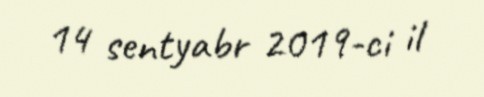
14 sentyabr 2019-ci il